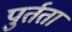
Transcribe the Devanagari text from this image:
पुर्तता